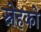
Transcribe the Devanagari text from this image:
स्नेहको